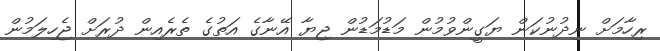
ރިހާމަށް ނިދުނުކަން ޔަގީންވުމުން މަޑުމަޑުން ޖިޔާ އޭނާގެ އަތުގެ ތެރެއިން ދުރަށް ޖެހިލަމުން